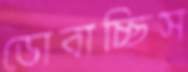
ডোবাচ্ছিস